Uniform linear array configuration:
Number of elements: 4
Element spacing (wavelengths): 0.5
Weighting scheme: exponential
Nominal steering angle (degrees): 0
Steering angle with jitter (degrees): -0.02092
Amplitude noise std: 0.05
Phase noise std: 0.05

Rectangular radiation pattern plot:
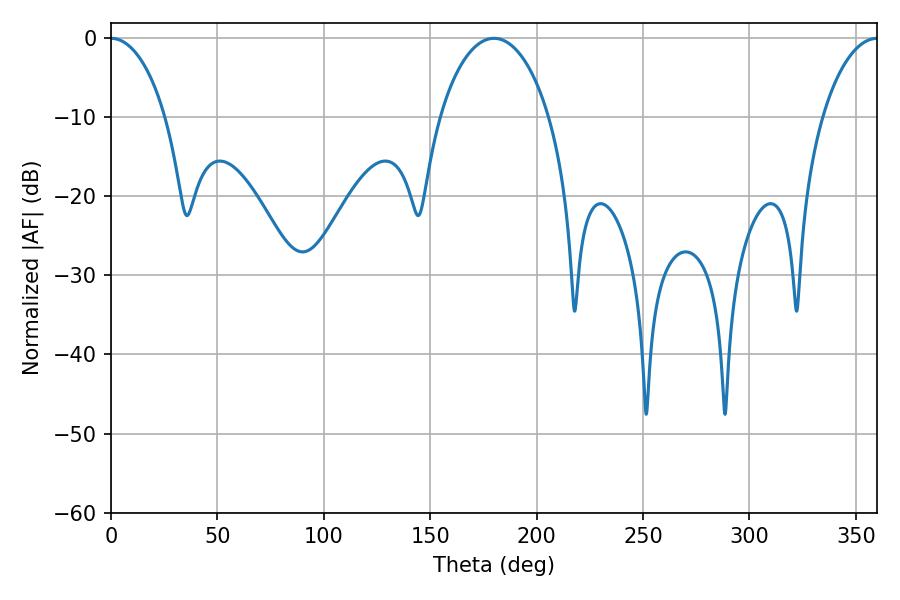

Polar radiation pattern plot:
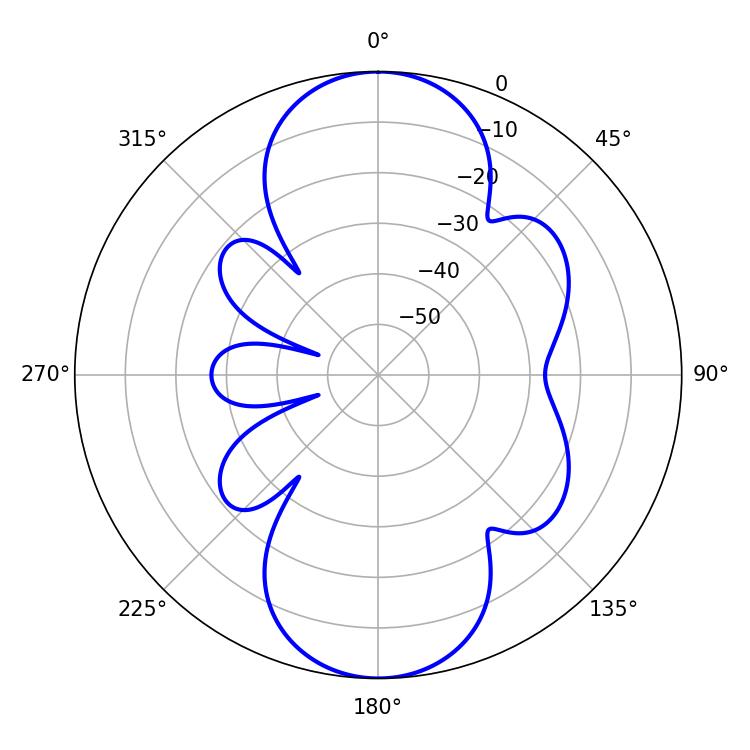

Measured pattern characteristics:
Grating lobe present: FALSE
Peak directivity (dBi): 21.157
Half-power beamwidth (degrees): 14.58
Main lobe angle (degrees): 0